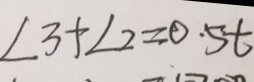
\angle 3 + \angle 2 = 0 . 5 t